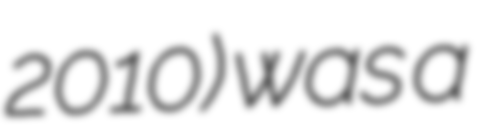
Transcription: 2010) was a